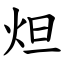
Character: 炟